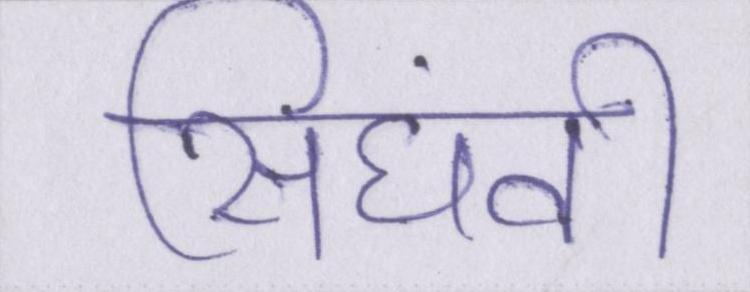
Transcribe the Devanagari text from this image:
सिंघवी